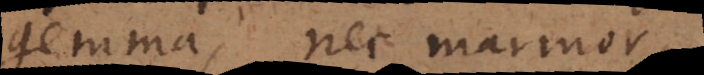
gemma, nec marmor